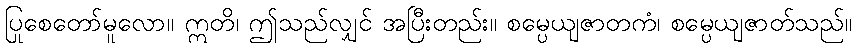
ပြုစေတော်မူလော။ ဣတိ၊ ဤသည်လျှင် အပြီးတည်း။ စမ္ပေယျဇာတကံ၊ စမ္ပေယျဇာတ်သည်။